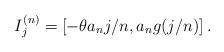
LaTeX: \begin{align*} I^{(n)}_j = \left[ - \theta a_n j/n, a_n g(j/n) \right].\end{align*}